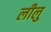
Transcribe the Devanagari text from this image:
लीलु